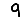
Digit: 9